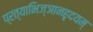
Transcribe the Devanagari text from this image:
प्रत्याभिज्ञानहृदयम्